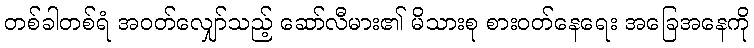
တစ်ခါတစ်ရံ အဝတ်လျှော်သည့် ဆော်လီမား၏ မိသားစု စားဝတ်နေရေး အခြေအနေကို